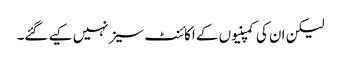
لیکن ان کی کمپنیوں کے اکائنٹ سیز نہیں کیے گئے۔